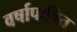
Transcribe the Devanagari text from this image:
वर्षापोषित